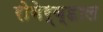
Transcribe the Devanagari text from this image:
रोबेर्व्हाल